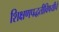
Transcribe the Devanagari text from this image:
शिक्षणपद्धतीविषयीचे